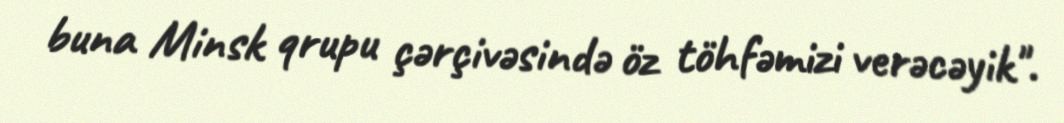
buna Minsk qrupu çərçivəsində öz töhfəmizi verəcəyik".